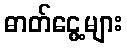
ဓာတ်ငွေ့များ